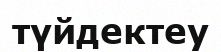
түйдектеу